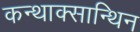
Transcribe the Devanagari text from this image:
कन्थाक्सान्थिन